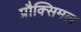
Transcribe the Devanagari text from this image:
प्रौक्सिमल